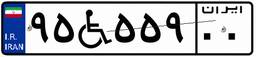
۴۲W۹۱۵۸۷